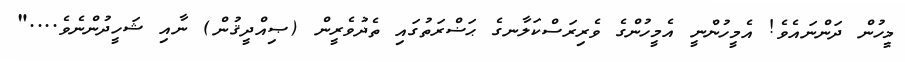
މީހުން ދަންނައެވެ! އެމީހުންނީ އެމީހުންގެ ވެރިރަސްކަލާނގެ ޙަޟްރަތުގައި ތެދުވެރީން (ޞިއްދީޤުން) ނާއި ޝަހީދުންނެވެ...."